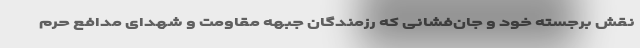
نقش برجسته خود و جان‌فشانی که رزمندگان جبهه مقاومت و شهدای مدافع حرم